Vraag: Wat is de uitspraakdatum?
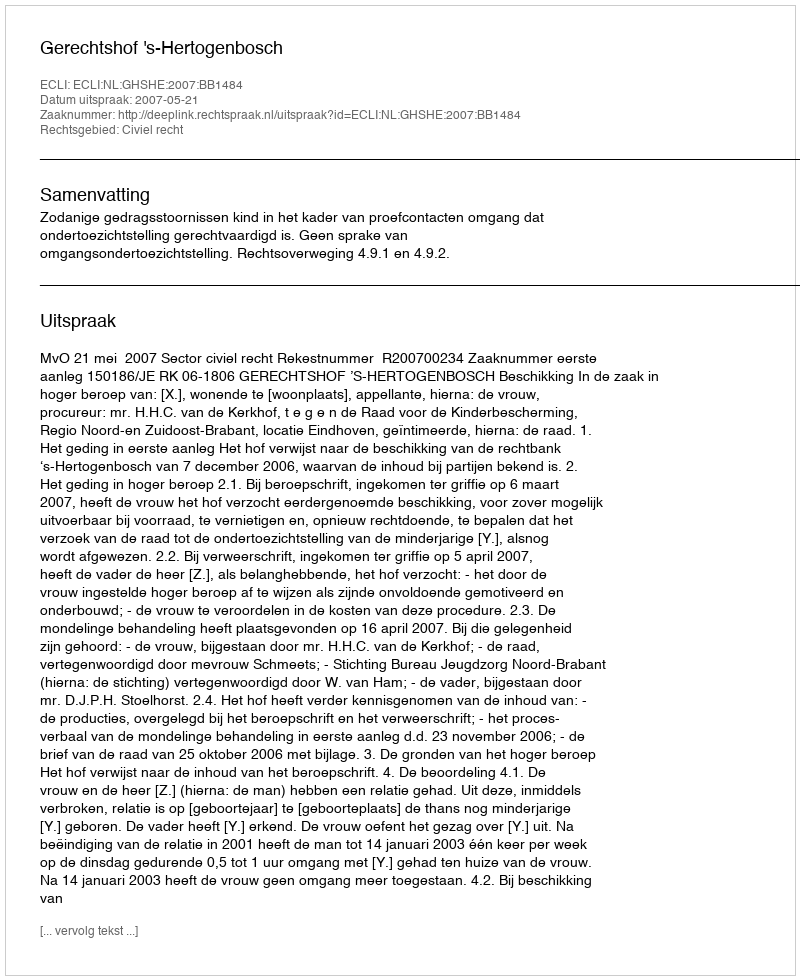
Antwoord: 2007-05-21